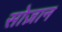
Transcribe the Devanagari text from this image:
सोज़ान